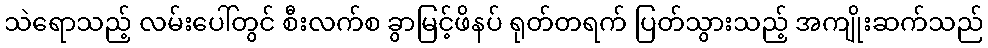
သဲရောသည့် လမ်းပေါ်တွင် စီးလက်စ ခွာမြင့်ဖိနပ် ရုတ်တရက် ပြတ်သွားသည့် အကျိုးဆက်သည်